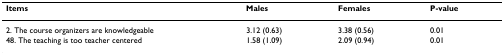
<table><thead><tr><td><b>Items</b></td><td><b>Males</b></td><td><b>Females</b></td><td><b>P-value</b></td></tr></thead><tbody><tr><td>2. The course organizers are knowledgeable</td><td>3.12 (0.63)</td><td>3.38 (0.56)</td><td>0.01</td></tr><tr><td>48. The teaching is too teacher centered</td><td>1.58 (1.09)</td><td>2.09 (0.94)</td><td>0.01</td></tr></tbody></table>